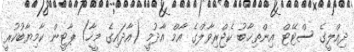
ދިއްލީގެ ސްޓޭޓް އިންތިޚާބު ކެޖްރިވާލްގެ އާމް އާދުމީ (އާދައިގެ މީހާ) ޕާޓީން ކާމިޔާބުުކުރީ